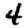
Digit: 4